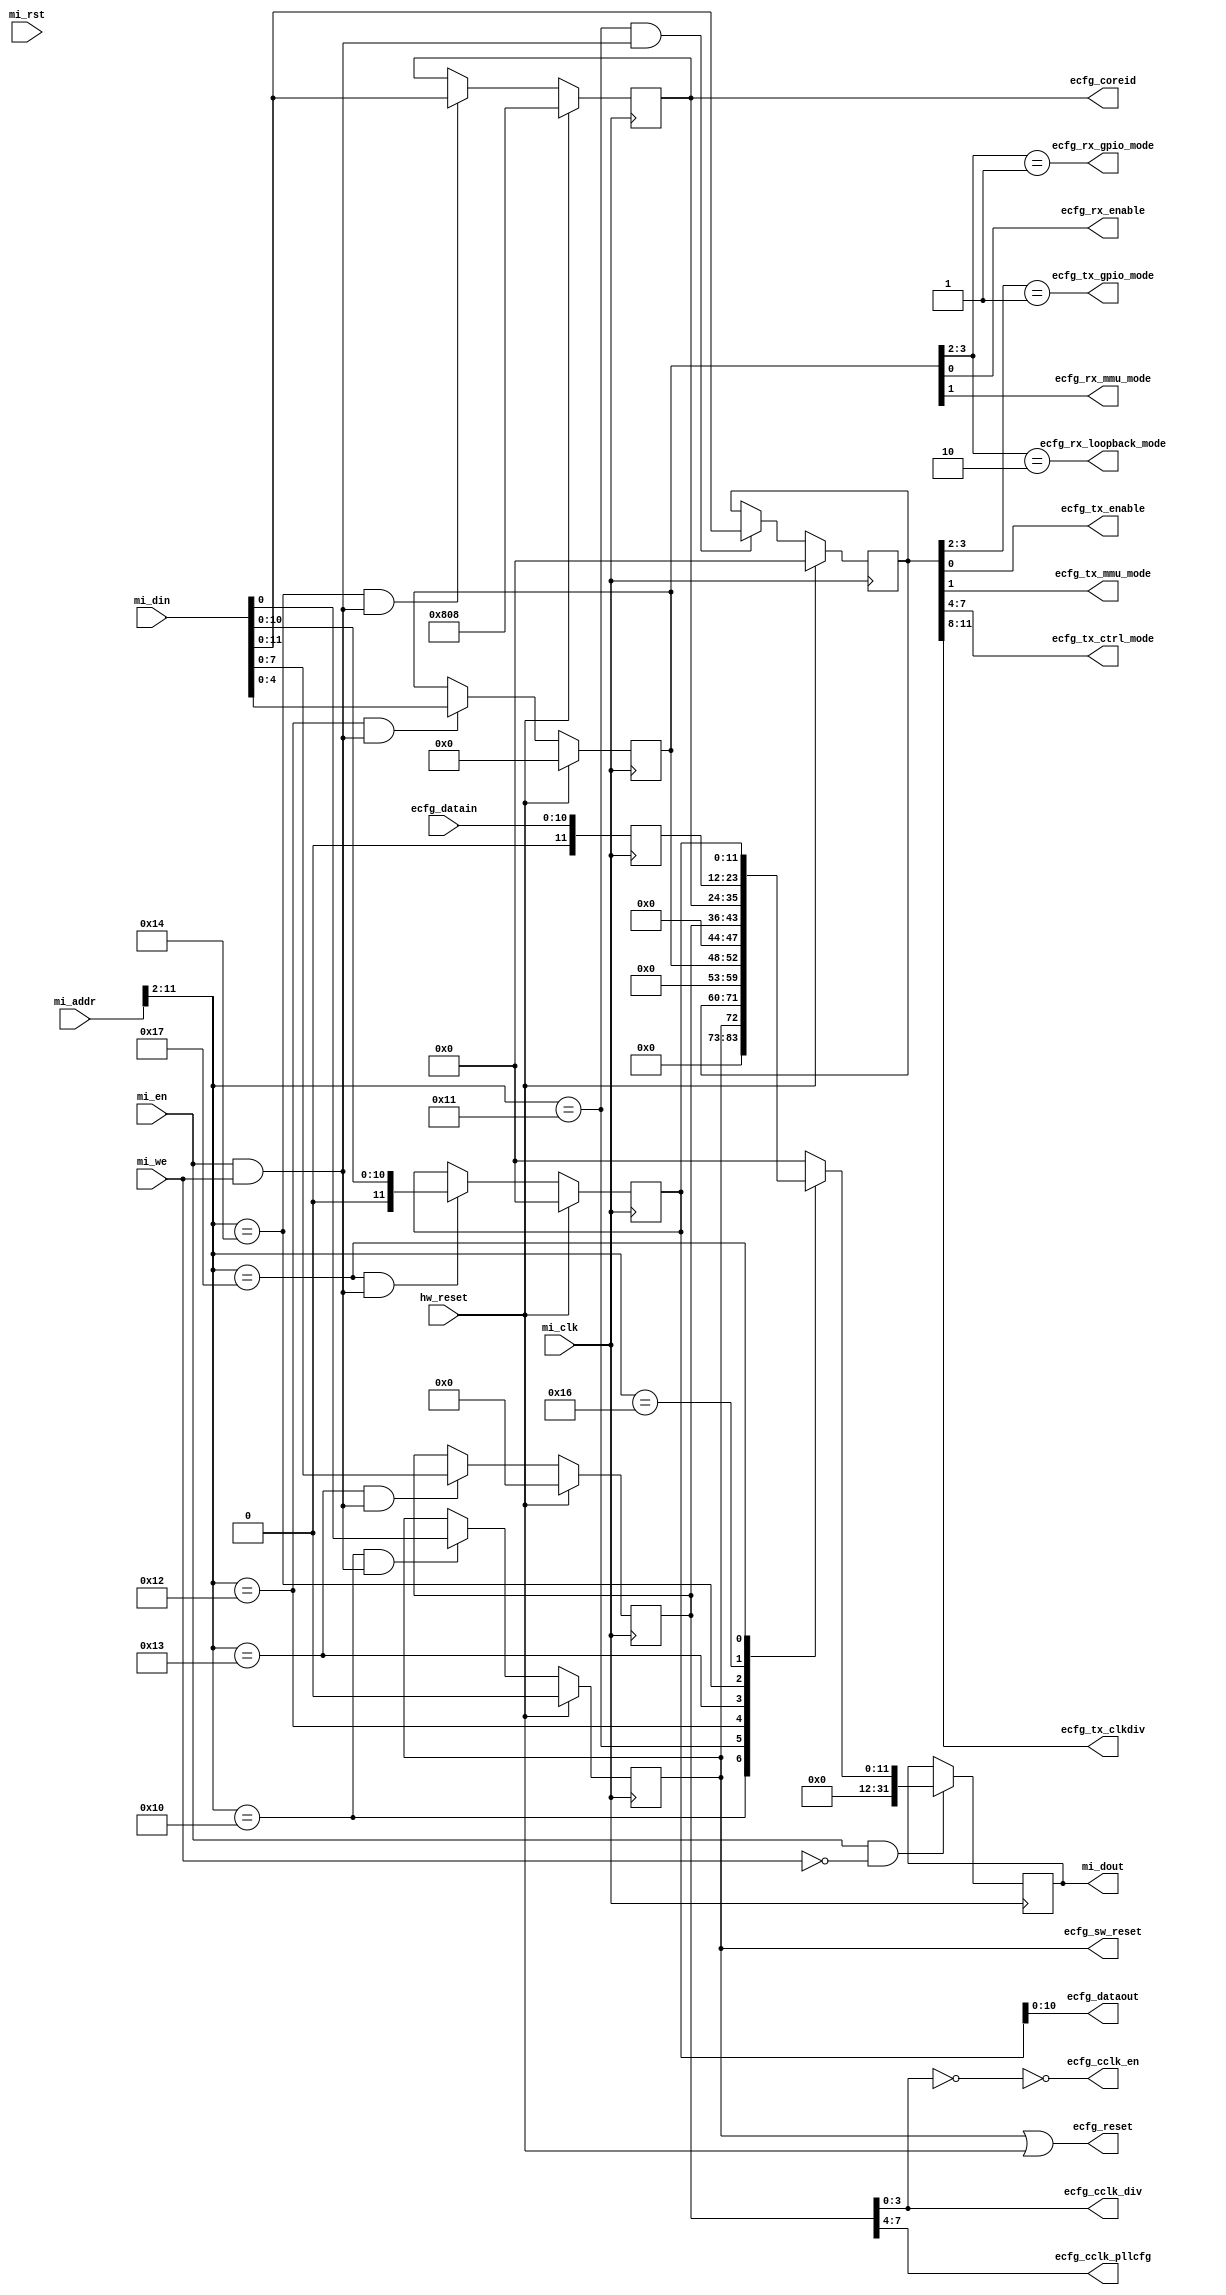
/*
  Copyright (C) 2013 Adapteva, Inc.
  Contributed by Andreas Olofsson <andreas@adapteva.com>
 
   This program is free software: you can redistribute it and/or modify
  it under the terms of the GNU General Public License as published by
  the Free Software Foundation, either version 3 of the License, or
  (at your option) any later version.This program is distributed in the hope 
  that it will be useful,but WITHOUT ANY WARRANTY; without even the implied 
  warranty of MERCHANTABILITY or FITNESS FOR A PARTICULAR PURPOSE.  See the
  GNU General Public License for more details. You should have received a copy 
  of the GNU General Public License along with this program (see the file 
  COPYING).  If not, see <http://www.gnu.org/licenses/>.
*/
/*
 ########################################################################
 EPIPHANY CONFIGURATION REGISTER
 ########################################################################
-------------------------------------------------------------
 ESYSRESET        ***Elink reset***
 [0]              0  - elink active 
                  1  - elink in reset
-------------------------------------------------------------
 ESYSCFGTX        ***Elink transmitter configuration***
 [0]              0  - link TX disable
                  1  - link TX enable
 [1]              0  - normal pass through transaction mode
                  1  - mmu mode
 [3:2]            00 - normal mode
                  01 - gpio mode
                  10 - reserved
                  11 - reserved
 [7:4]           Transmit control mode for eMesh
 [11:8]           0000 - No division, full speed
                  0001 - Divide by 2
                  Others - Reserved
  -------------------------------------------------------------
 ESYSCFGRX       ***Elink receiver configuration***
 [0]              0  - link RX disable
                  1  - link RX enable
 [1]              0  - normal transaction mode
                  1  - mmu mode
 [3:2]            00 - normal mode
                  01 - GPIO mode (drive rd wait pins from registers)
                  10 - loopback mode (loops TX-->RX)
                  11 - reserved
 [4]              0  - set monitor to count traffic
                  1  - set monitor to count congestion    
  -------------------------------------------------------------
 ESYSCFGCLK       ***Epiphany clock frequency setting*** 
 [3:0]            Output divider
                  0000 - Clock turned off
                  0001 - CLKIN/64
                  0010 - CLKIN/32
                  0011 - CLKIN/16
                  0100 - CLKIN/8
                  0101 - CLKIN/4
                  0110 - CLKIN/2
                  0111 - CLKIN/1 (full speed)
                  1XXX - RESERVED
 [7:4]            PLL settings (TBD)
 -------------------------------------------------------------
 ESYSCOREID     ***CORE ID***
 [5:0]           Column ID-->default at powerup/reset             
 [11:6]          Row ID  
 -------------------------------------------------------------
 ESYSVERSION    ***Version number (read only)***
 [7:0]           Revision #, incremented in each change (match git?)
 [15:8]          Type (features included in FPGA load, same board)
 [23:16]         Board platform #
 [31:24]         Generation # (needed??)
 -------------------------------------------------------------
 ESYSDATAIN     ***Data on elink input pins
 [7:0]          rx_data[7:0]         
 [8]            tx_frame
 [9]            tx_wait_rd
 [10]           tx_wait_wr
   -------------------------------------------------------------
 ESYSDATAOUT    ***Data on eLink output pins
 [7:0]          tx_data[7:0]         
 [8]            tx_frame
 [9]            rx_wait_rd
 [10]           rx_wait_wr
 ########################################################################
 */

// These are WORD addresses
`define E_REG_SYSRESET    10'h010
`define E_REG_SYSCFGTX    10'h011
`define E_REG_SYSCFGRX    10'h012
`define E_REG_SYSCFGCLK   10'h013
`define E_REG_SYSCOREID   10'h014
`define E_REG_SYSVERSION  10'h015
`define E_REG_SYSDATAIN   10'h016
`define E_REG_SYSDATAOUT  10'h017

module ecfg (/*AUTOARG*/
   // Outputs
   mi_dout, ecfg_sw_reset, ecfg_reset, ecfg_tx_enable,
   ecfg_tx_mmu_mode, ecfg_tx_gpio_mode, ecfg_tx_ctrl_mode,
   ecfg_tx_clkdiv, ecfg_rx_enable, ecfg_rx_mmu_mode,
   ecfg_rx_gpio_mode, ecfg_rx_loopback_mode, ecfg_cclk_en,
   ecfg_cclk_div, ecfg_cclk_pllcfg, ecfg_coreid, ecfg_dataout,
   // Inputs
   mi_clk, mi_rst, mi_en, mi_we, mi_addr, mi_din, hw_reset,
   ecfg_datain
   );
   //Register file parameters

/***************************/
/* COMPILE TIME PARAMETERS */
/***************************/

parameter E_VERSION = 32'h00_00_00_00;  // FPGA gen:plat:type:rev
parameter IDW    = 12;  // Elink ID (row,column coordinate)
parameter RFAW   = 12;  // Register file address width
   // NB: The BRAM interface seems to provide BYTE addresses!
parameter DEF_COREID    = 12'h808;  // Reset value for ecfg_coreid
   
   /*****************************/
   /*SIMPLE MEMORY INTERFACE    */
   /*****************************/
   input              mi_clk;
   input              mi_rst;  // Not used
   input              mi_en;
   input              mi_we;  // Single WE, must write full words!
   input [RFAW-1:0]   mi_addr;
   input  [31:0]      mi_din;
   output [31:0]      mi_dout;
   
   input              hw_reset;
   
   /*****************************/
   /*ELINK CONTROL SIGNALS      */
   /*****************************/
   //RESET
   output 	      ecfg_sw_reset;
   output 	      ecfg_reset;

   //tx
   output 	     ecfg_tx_enable;         //enable signal for TX  
   output 	     ecfg_tx_mmu_mode;       //enables MMU on transnmit path  
   output 	     ecfg_tx_gpio_mode;      //forces TX output pins to constants
   output [3:0]	     ecfg_tx_ctrl_mode;      //value for emesh ctrlmode tag
   output [3:0]      ecfg_tx_clkdiv;         //transmit clock divider

   //rx
   output 	     ecfg_rx_enable;         //enable signal for rx  
   output 	     ecfg_rx_mmu_mode;       //enables MMU on rx path  
   output 	     ecfg_rx_gpio_mode;      //forces rx wait pins to constants
   output 	     ecfg_rx_loopback_mode;  //loops back tx to rx receiver (after serdes)

   //cclk
   output 	     ecfg_cclk_en;           //cclk enable   
   output [3:0]      ecfg_cclk_div;          //cclk divider setting
   output [3:0]      ecfg_cclk_pllcfg;       //pll configuration

   //coreid
   output [11:0]     ecfg_coreid;            //core-id of fpga elink

   //gpio
   input [10:0]      ecfg_datain;  // data from elink inputs
   output [10:0]     ecfg_dataout;      //data for elink outputs {rd_wait,wr_wait,frame,data[7:0]}


   /*------------------------BODY CODE---------------------------------------*/
   
   //registers
   reg [11:0] 	ecfg_cfgtx_reg;
   reg [4:0] 	ecfg_cfgrx_reg;
   reg [7:0] 	ecfg_cfgclk_reg;
   reg [11:0] 	ecfg_coreid_reg;
   reg          ecfg_reset_reg;
   reg [11:0] 	ecfg_datain_reg;
   reg [11:0] 	ecfg_dataout_reg;
   reg [31:0] 	mi_dout;
   
   //wires
   wire 	ecfg_read;
   wire 	ecfg_write;
   wire 	ecfg_reset_match;
   wire 	ecfg_cfgtx_match;
   wire 	ecfg_cfgrx_match;
   wire 	ecfg_cfgclk_match;
   wire 	ecfg_coreid_match;
   wire 	ecfg_datain_match;
   wire 	ecfg_dataout_match;
   wire         ecfg_match;
   wire 	ecfg_regmux;
   wire [31:0] 	ecfg_reg_mux;
   wire 	ecfg_cfgtx_write;
   wire 	ecfg_cfgrx_write;
   wire 	ecfg_cfgclk_write;
   wire 	ecfg_coreid_write;
   wire 	ecfg_dataout_write;
   wire 	ecfg_rx_monitor_mode;
   wire 	ecfg_reset_write;
   
   /*****************************/
   /*ADDRESS DECODE LOGIC       */
   /*****************************/

   //read/write decode
   assign ecfg_write      = mi_en & mi_we;
   assign ecfg_read       = mi_en & ~mi_we;   

   //address match signals
   assign ecfg_reset_match     = mi_addr[RFAW-1:2]==`E_REG_SYSRESET;
   assign ecfg_cfgtx_match     = mi_addr[RFAW-1:2]==`E_REG_SYSCFGTX;
   assign ecfg_cfgrx_match     = mi_addr[RFAW-1:2]==`E_REG_SYSCFGRX;
   assign ecfg_cfgclk_match    = mi_addr[RFAW-1:2]==`E_REG_SYSCFGCLK;
   assign ecfg_coreid_match    = mi_addr[RFAW-1:2]==`E_REG_SYSCOREID;
   assign ecfg_version_match   = mi_addr[RFAW-1:2]==`E_REG_SYSVERSION;
   assign ecfg_datain_match    = mi_addr[RFAW-1:2]==`E_REG_SYSDATAIN;
   assign ecfg_dataout_match   = mi_addr[RFAW-1:2]==`E_REG_SYSDATAOUT;

   assign ecfg_match = ecfg_reset_match   |
				       ecfg_cfgtx_match   |
				       ecfg_cfgrx_match   |
				       ecfg_cfgclk_match  |
				       ecfg_coreid_match  |
				       ecfg_version_match |
				       ecfg_datain_match  |
				       ecfg_dataout_match;
   
   //Write enables
   assign ecfg_reset_write     = ecfg_reset_match   & ecfg_write;
   assign ecfg_cfgtx_write     = ecfg_cfgtx_match   & ecfg_write;
   assign ecfg_cfgrx_write     = ecfg_cfgrx_match   & ecfg_write;
   assign ecfg_cfgclk_write    = ecfg_cfgclk_match  & ecfg_write;
   assign ecfg_coreid_write    = ecfg_coreid_match  & ecfg_write;
   assign ecfg_dataout_write = ecfg_dataout_match & ecfg_write;

   
   //###########################
   //# ESYSCFGTX
   //###########################
   always @ (posedge mi_clk)
     if(hw_reset)
       ecfg_cfgtx_reg[11:0] <= 12'b0;
     else if (ecfg_cfgtx_write)
       ecfg_cfgtx_reg[11:0] <= mi_din[11:0];

   assign ecfg_tx_enable         = ecfg_cfgtx_reg[0];
   assign ecfg_tx_mmu_mode       = ecfg_cfgtx_reg[1];   
   assign ecfg_tx_gpio_mode      = ecfg_cfgtx_reg[3:2]==2'b01;
   assign ecfg_tx_ctrl_mode[3:0] = ecfg_cfgtx_reg[7:4];
   assign ecfg_tx_clkdiv[3:0]    = ecfg_cfgtx_reg[11:8];

   //###########################
   //# ESYSCFGRX
   //###########################
   always @ (posedge mi_clk)
     if(hw_reset)
       ecfg_cfgrx_reg[4:0] <= 5'b0;
     else if (ecfg_cfgrx_write)
       ecfg_cfgrx_reg[4:0] <= mi_din[4:0];

   assign ecfg_rx_enable        = ecfg_cfgrx_reg[0];
   assign ecfg_rx_mmu_mode      = ecfg_cfgrx_reg[1];   
   assign ecfg_rx_gpio_mode     = ecfg_cfgrx_reg[3:2]==2'b01;
   assign ecfg_rx_loopback_mode = ecfg_cfgrx_reg[3:2]==2'b10;
   assign ecfg_rx_monitor_mode  = ecfg_cfgrx_reg[4];

   //###########################
   //# ESYSCFGCLK
   //###########################
    always @ (posedge mi_clk)
     if(hw_reset)
       ecfg_cfgclk_reg[7:0] <= 8'b0;
     else if (ecfg_cfgclk_write)
       ecfg_cfgclk_reg[7:0] <= mi_din[7:0];

   assign ecfg_cclk_en             = ~(ecfg_cfgclk_reg[3:0]==4'b0000);   
   assign ecfg_cclk_div[3:0]       = ecfg_cfgclk_reg[3:0];
   assign ecfg_cclk_pllcfg[3:0]    = ecfg_cfgclk_reg[7:4];

   //###########################
   //# ESYSCOREID
   //###########################
   always @ (posedge mi_clk)
     if(hw_reset)
       ecfg_coreid_reg[IDW-1:0] <= DEF_COREID;
     else if (ecfg_coreid_write)
       ecfg_coreid_reg[IDW-1:0] <= mi_din[IDW-1:0];   
   
   assign ecfg_coreid[IDW-1:0] = ecfg_coreid_reg[IDW-1:0];

   //###########################
   //# ESYSDATAIN
   //###########################
   always @ (posedge mi_clk)
     ecfg_datain_reg <= ecfg_datain;
   
   //###########################
   //# ESYSDATAOUT
   //###########################
   always @ (posedge mi_clk)
     if(hw_reset)
       ecfg_dataout_reg <= 'd0;   
     else if (ecfg_dataout_write)
       ecfg_dataout_reg <= mi_din[10:0];

   assign ecfg_dataout[10:0] = ecfg_dataout_reg[10:0];
   
   //###########################
   //# ESYSRESET
   //###########################
    always @ (posedge mi_clk)
      if(hw_reset)
	ecfg_reset_reg <= 1'b0;   
      else if (ecfg_reset_write)
	ecfg_reset_reg <= mi_din[0];  

   assign ecfg_sw_reset = ecfg_reset_reg;
   assign ecfg_reset    = ecfg_sw_reset | hw_reset;
   
   //###############################
   //# DATA READBACK MUX
   //###############################

   //Pipelineing readback
   always @ (posedge mi_clk)
     if(ecfg_read)
       case(mi_addr[RFAW-1:2])
         `E_REG_SYSRESET:    mi_dout <= {31'b0, ecfg_reset_reg};
         `E_REG_SYSCFGTX:    mi_dout <= {20'b0, ecfg_cfgtx_reg[11:0]};
         `E_REG_SYSCFGRX:    mi_dout <= {27'b0, ecfg_cfgrx_reg[4:0]};
         `E_REG_SYSCFGCLK:   mi_dout <= {24'b0, ecfg_cfgclk_reg[7:0]};
         `E_REG_SYSCOREID:   mi_dout <= {{(32-IDW){1'b0}}, ecfg_coreid_reg[IDW-1:0]};
         `E_REG_SYSVERSION:  mi_dout <= E_VERSION;
         `E_REG_SYSDATAIN:   mi_dout <= {20'b0, ecfg_datain_reg[11:0]};
         `E_REG_SYSDATAOUT:  mi_dout <= {20'b0, ecfg_dataout_reg[11:0]};
         default:            mi_dout <= 32'd0;
       endcase

endmodule // para_config